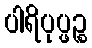
ပါရိပုပ္ဖဉ္စ